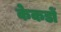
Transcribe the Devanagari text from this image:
केकडों